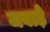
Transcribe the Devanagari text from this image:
जबाड़े